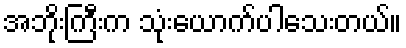
အဘိုးကြီးက သုံးယောက်ပါသေးတယ်။